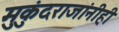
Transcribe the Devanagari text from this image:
मुकुंदराजांनीही